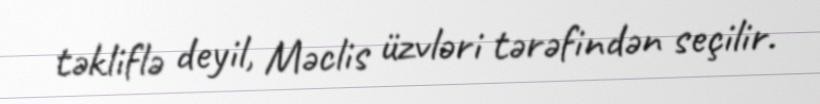
təkliflə deyil, Məclis üzvləri tərəfindən seçilir.